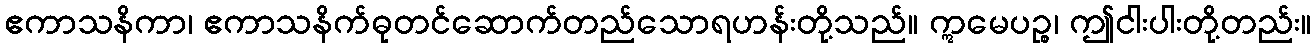
ဧကာသနိကာ၊ ဧကာသနိက်ဓုတင်ဆောက်တည်သောရဟန်းတို့သည်။ ဣမေပဉ္စ၊ ဤငါးပါးတို့တည်း။